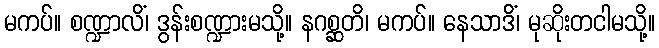
မကပ်။ စဏ္ဍာလိံ၊ ဒွန်းစဏ္ဍားမသို့။ နဂစ္ဆတိ၊ မကပ်။ နေသာဒိံ၊ မုဆိုးတငါမသို့။